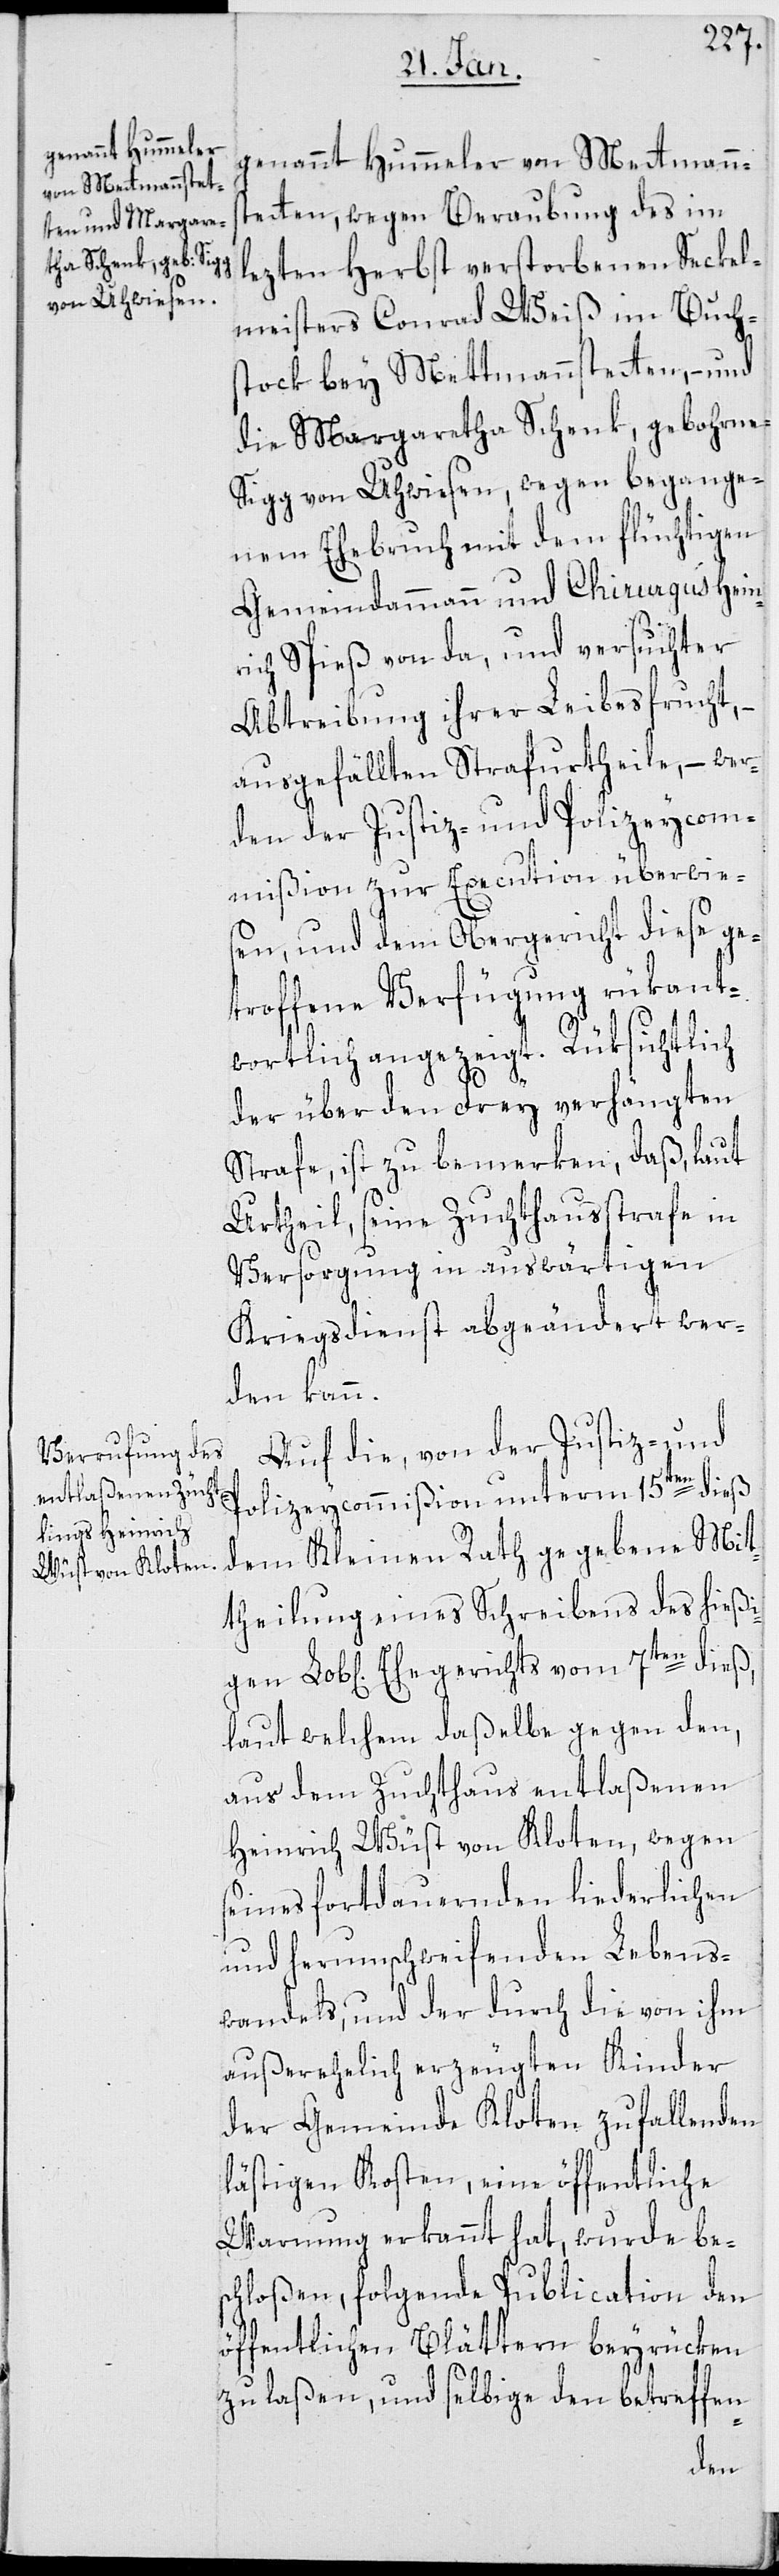
genannt Hummeler,
von Mettmannstet¬

ten, wegen Beraubung des im
lezten Herbst verstorbenen Seckel¬
meisters Conrad Weiß im Buchs¬
tock bey Mettmannstetten, – und
die Margaretha Schenk, gebohrne
Sigg von Uhwiesen, wegen begange¬
nem Ehebruch mit dem flüchtigen
Gemeindammann und Chirurgus Hein¬
rich Spieß von da, und versuchter
Abtreibung ihrer Leibesfrucht,
ausgefällten Strafurtheile, – wer¬
den der Justiz- und Polizeycom¬
mißion zur Execution überwie¬
sen, und dem Obergericht diese ge¬
troffene Verfügung rükant¬
wortlich angezeigt. Rüksichtlich
der über den Frey verhängten
Strafe, ist zu bemerken, daß, laut
Urtheil, seine Zuchthausstrafe in
Versorgung in auswärtigen
Kriegsdienst abgeändert wer¬
den kann.
Auf die, von der Justiz- und
Polizeycommißion unterm 15ten dieß
dem Kleinen Rath gegebene Mit¬
theilung eines Schreibens des hießi¬
laut welchem daßelbe gegen den,
aus dem Zuchthaus entlaßenen
Heinrich Wüst von Kloten, wegen
seines fortdauernden liederlichen
und herumschweifenden Lebens¬
wandels, und der durch die von ihm
außerehelich erzeugten Kinder
der Gemeinde Kloten zufallenden
lästigen Kosten, eine öffentliche
Warnung erkannt hat, wurde bes¬
chloßen, folgende Publication den
öffentlichen Blättern beyrücken
zu laßen, und selbige den betreffen-
gen